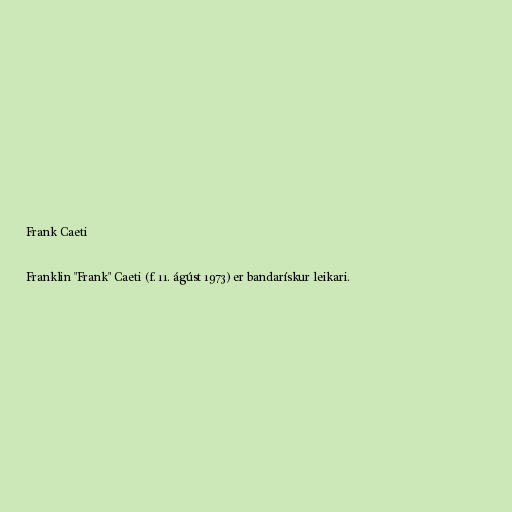
Frank Caeti

Franklin "Frank" Caeti (f. 11. ágúst 1973) er bandarískur leikari.